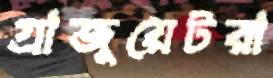
গ্রাজুয়েটরা